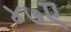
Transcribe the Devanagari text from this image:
४७ए